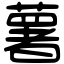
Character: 薯